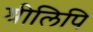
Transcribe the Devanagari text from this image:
श्रीलिपि